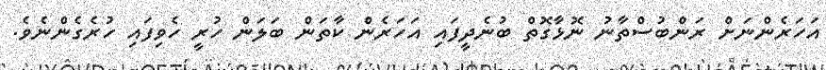
އަހަރެންނަށް ރަންބުސްތާނު ނޮޅާގޮތް ބުނެދީފައި އަހަރެން ކާތަން ބަލަން ހުރީ ހެވިފައި ހުރެގެންނެވެ.